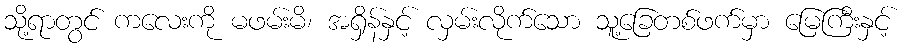
သို့ရာတွင် ကလေးကို မဖမ်းမိ၊ အရှိန်နှင့် လှမ်းလိုက်သော သူ့ခြေတစ်ဖက်မှာ မြေကြီးနှင့်